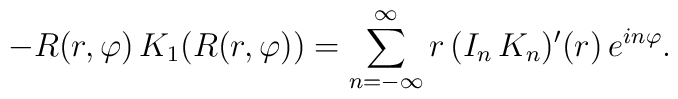
-R(r,\varphi) \, K_1( R(r, \varphi) ) = \sum_{n=-\infty}^{\infty} r \,( I_n \, K_n )'(r) \, e^{i n \varphi} .